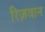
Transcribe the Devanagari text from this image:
रिज़वान